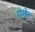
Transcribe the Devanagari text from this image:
मेलेट